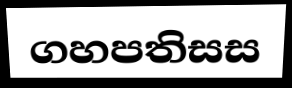
ගහපතිසස